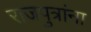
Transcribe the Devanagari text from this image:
राजपुत्रांना